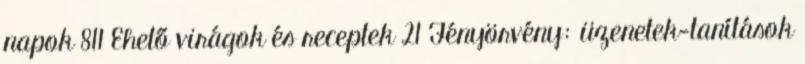
napok 811 Ehető virágok és receptek 21 Fényörvény: üzenetek-tanítások